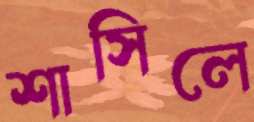
শাসিলে